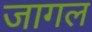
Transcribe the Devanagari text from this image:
जागल